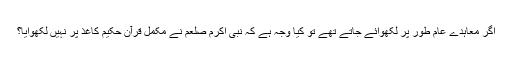
اگر معاہدے عام طور پر لکھوائے جاتے تھے تو کیا وجہ ہے کہ نبی اکرم صلعم نے مکمل قرآن حکیم کاغذ پر نہیں لکھوایا؟